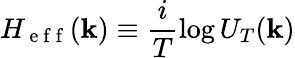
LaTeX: H_{\mathrm{~e~f~f~}}(\mathbf{k})\equiv\frac{i}{T}\log U_{T}(\mathbf{k})